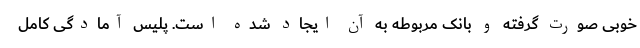
خوبی صورت گرفته و بانک مربوطه به آن ایجاد شده است. پلیس آمادگی کامل